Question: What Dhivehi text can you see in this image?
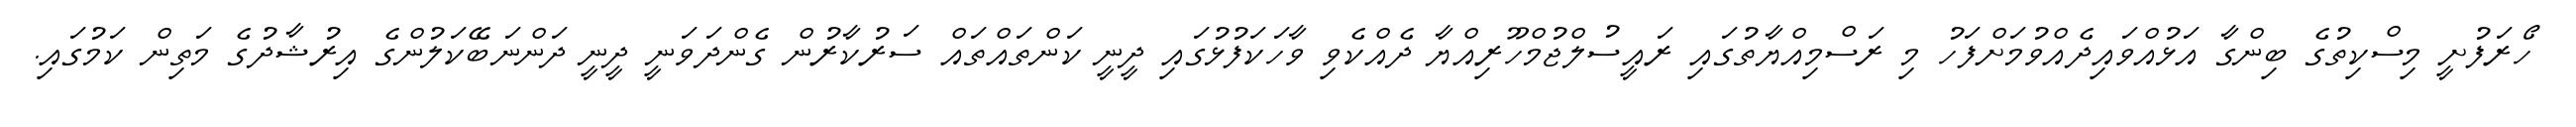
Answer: ހޯރަފުށީ މިސްކިތުގެ ބިންގާ އަޅުއްވައިދެއްވުމަށްފަހު މި ރަސްމިއްޔާތުގައި ރައީސުލްޖުމްހޫރިއްޔާ ދެއްކެވި ވާހަކަފުޅުގައި ދީނީ ކަންތައްތައް ސަރުކާރުން ގެންދަވަނީ ދީނީ ދަންނަބޭކަލުންގެ އިރުޝާދުގެ މަތިން ކަމުގައި.